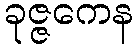
ခုဇ္ဇကေန